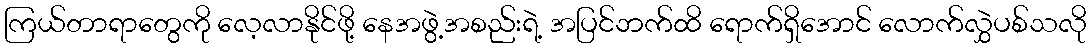
ကြယ်တာရာတွေကို လေ့လာနိုင်ဖို့ နေအဖွဲ့အစည်းရဲ့ အပြင်ဘက်ထိ ရောက်ရှိအောင် လောက်လွှဲပစ်သလို